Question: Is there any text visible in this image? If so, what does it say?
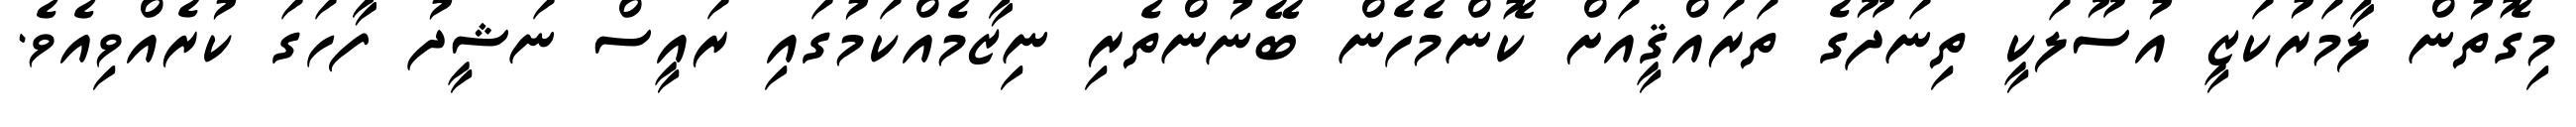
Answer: މިގޮތުން ލާމަރުކަޒީ އުސޫލަކީ ތިނަދޫގެ ތަރައްޤީއަށް ކޮންމެހެން ބޭނުންތެރި ނިޒާމެއްކަމުގައި ރައީސް ނަޝީދު ފާހަގަ ކުރެއްވިއެވެ.